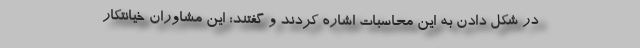
در شکل دادن به این محاسبات اشاره کردند و گفتند: این مشاوران خیانتکار